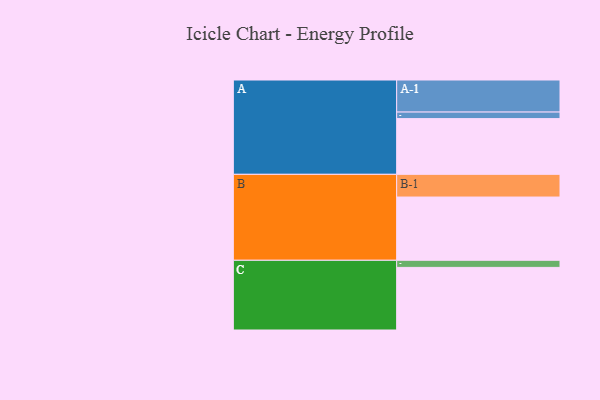
{"axis": {"x": "Segment", "y": "Value"}, "legend": ["", "A", "B", "C"], "data": [{"x": "A", "y": 518, "type": ""}, {"x": "B", "y": 588, "type": ""}, {"x": "C", "y": 582, "type": ""}, {"x": "A-1", "y": 298, "type": "A"}, {"x": "A-2", "y": 61, "type": "A"}, {"x": "B-1", "y": 211, "type": "B"}, {"x": "C-1", "y": 66, "type": "C"}]}